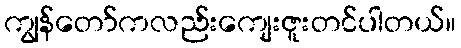
ကျွန်တော်ကလည်းကျေးဇူးတင်ပါတယ်။